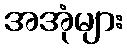
အအုံများ